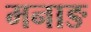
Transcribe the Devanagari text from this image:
मनाङ